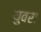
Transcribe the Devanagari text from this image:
युवरा